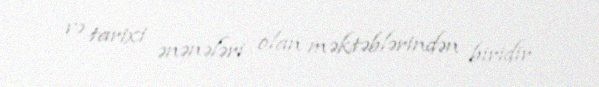
və tarixi ənənələri olan məktəblərindən biridir.